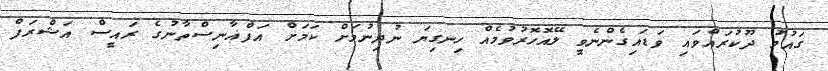
ގައުމު ދޫކުރައްވައި ވަޑައިގެންނެވީ ލޭއޮހޮރުވުމެއް ހިނގިޔަ ނުދިނުމަށް ކަމަށް އަފްޣާނިސްތާނުގެ ރައީސް އަޝްރަފް